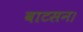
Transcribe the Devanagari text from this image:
वाटसन।